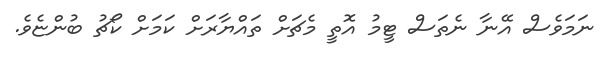
ނަމަވެސް އޭނާ ނެތަސް ޓީމު އޮތީ މެޗަށް ތައްޔާރަށް ކަމަށް ކޯޗު ބުންޏެވެ.